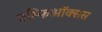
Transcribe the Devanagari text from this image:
एम्फिऑक्सस